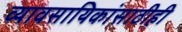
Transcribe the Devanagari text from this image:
व्यावसायिकांसाठीही